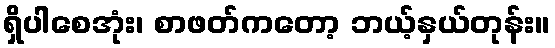
ရှိပါစေအုံး၊ စာဖတ်ကတော့ ဘယ့်နှယ်တုန်း။